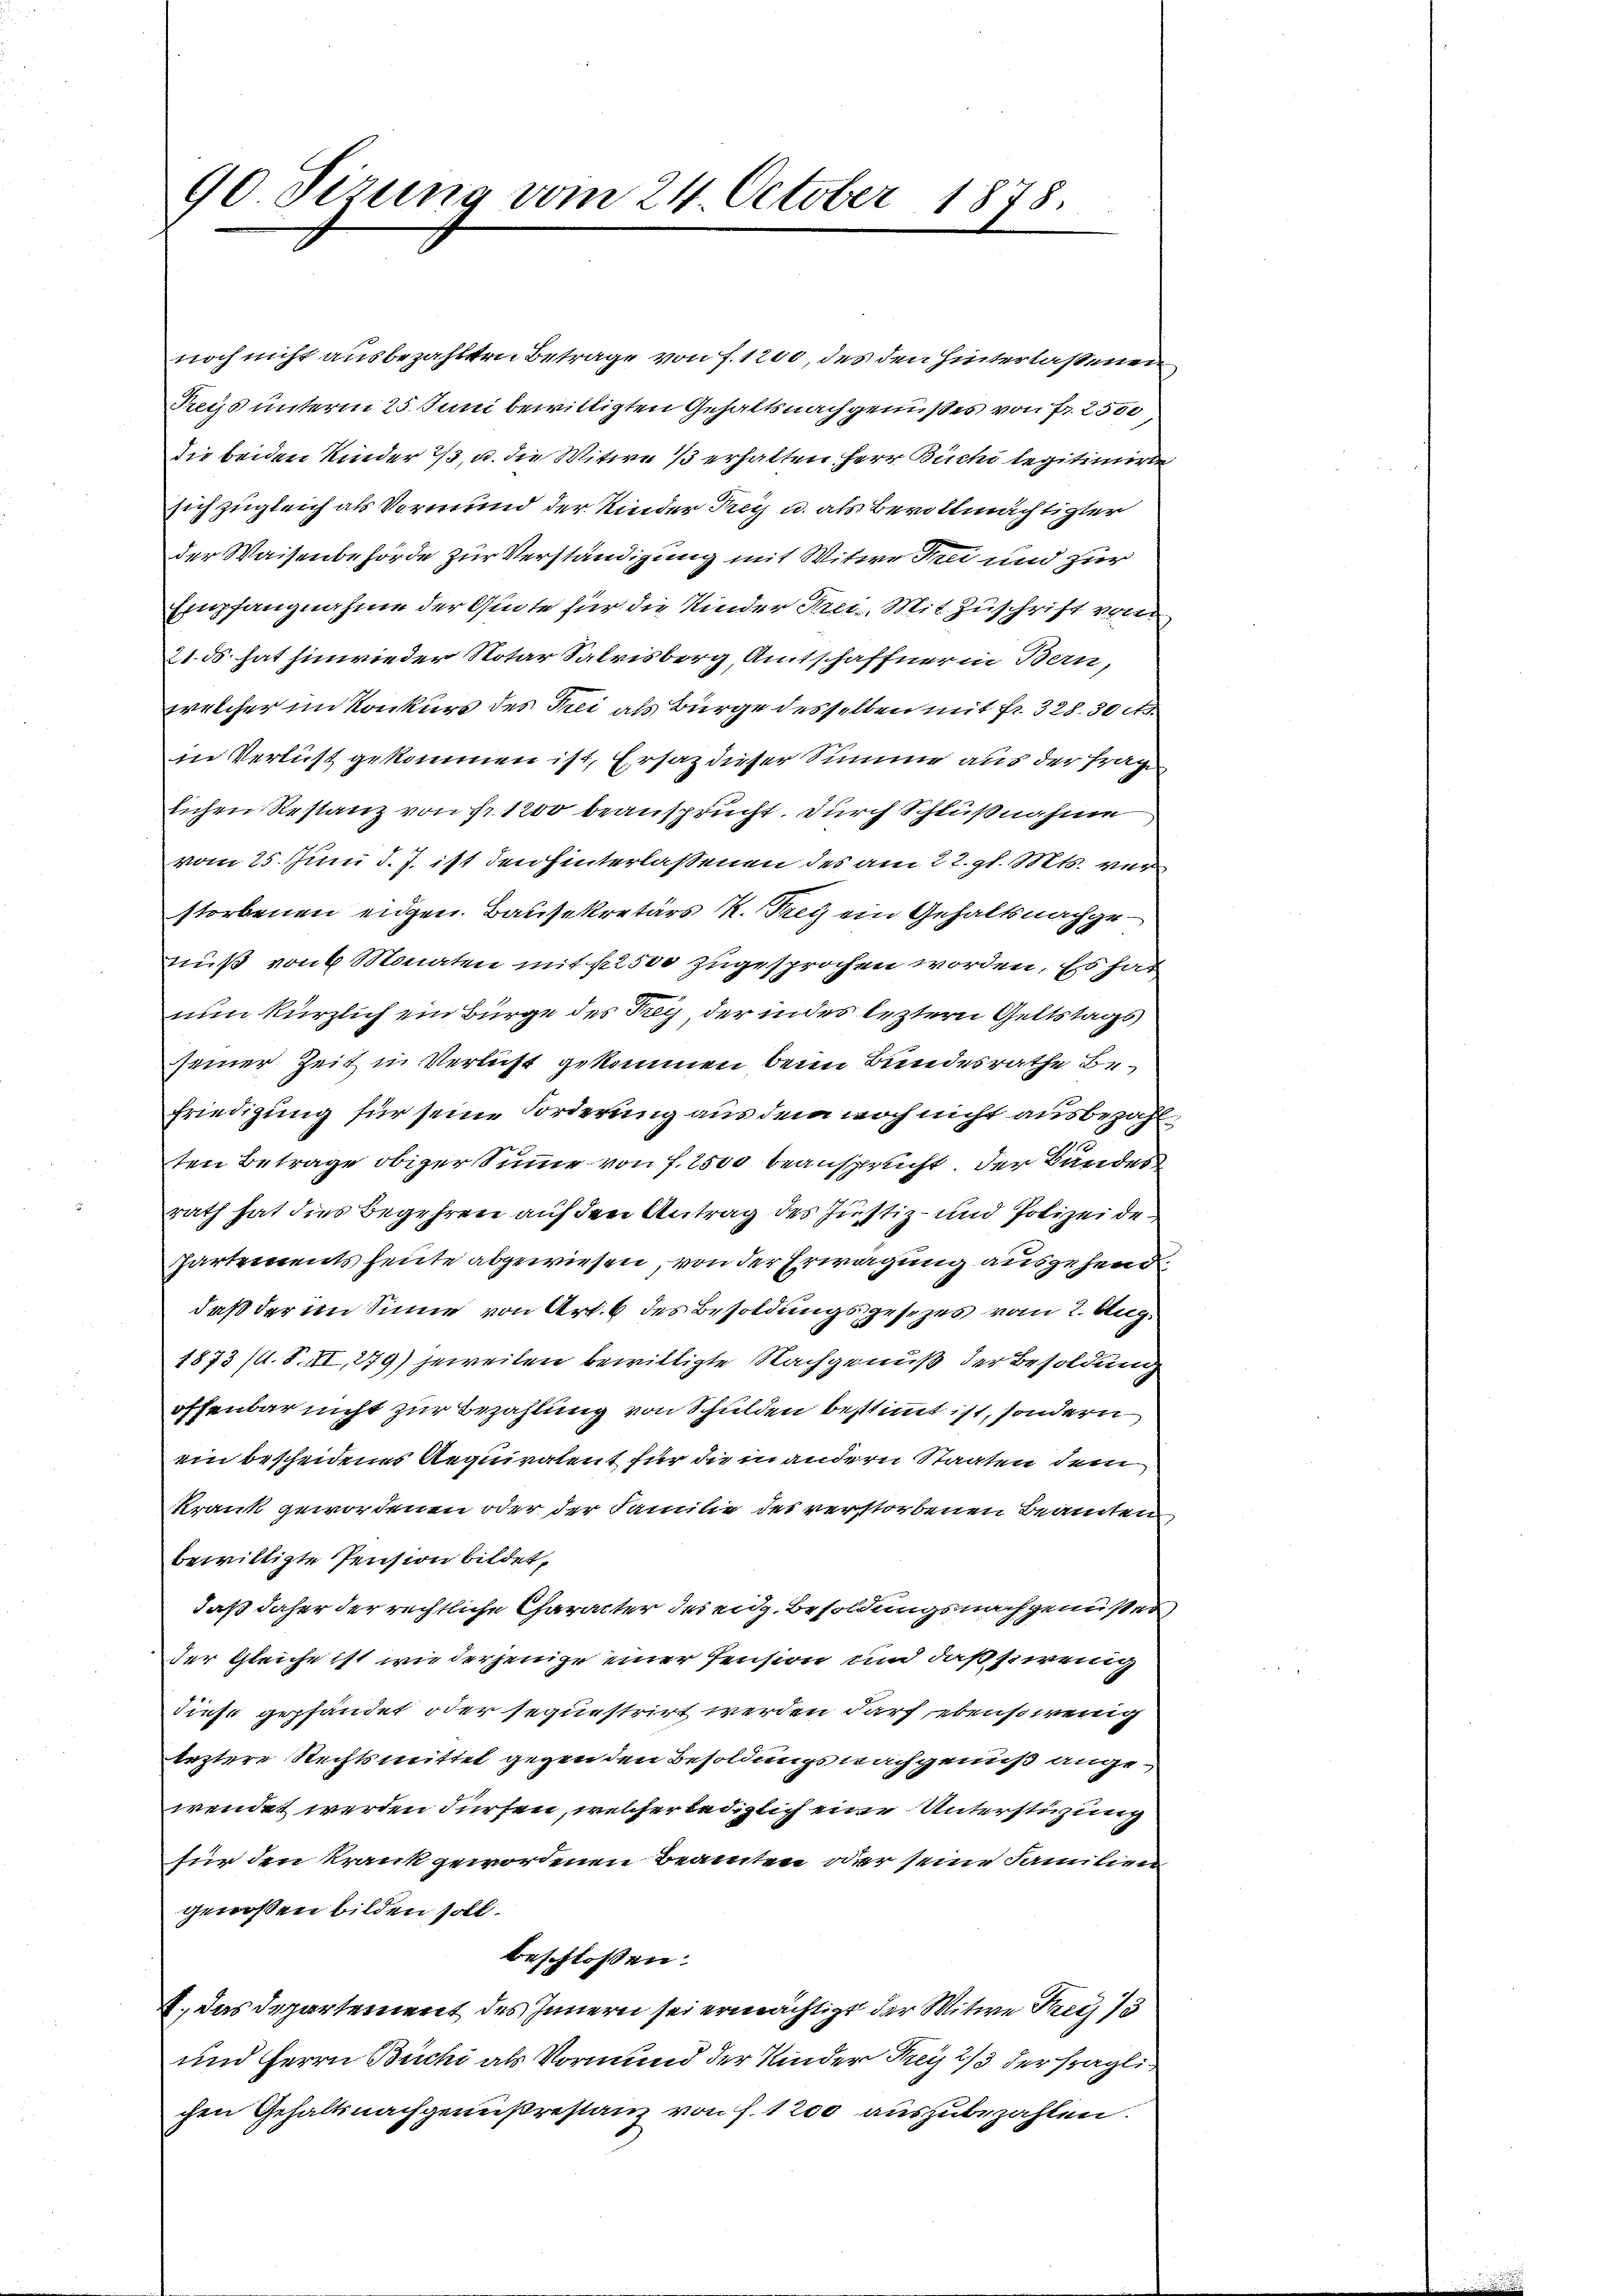
90 Firung vom 24. October 1878.

noch nicht ausbezahlten Betrage von f. 1200, des den Hinterlassenen
Trys unterm 25. Juni bewilligten Gehaltsnachgenißes von Fr. 2500
die beiden Kinder 23, u. die Witwe 1/3 erhalten Herr Büchi legitimirte
sich zugleich als Vormund der Kinder Frey u. als Bevollmächtigter
der Waisenbehörde zur Verständigung mit Witwe Frei und zur
Empfangnahme der Quote für die Kinder Kreis. Mit Zuschrift vom
21. ds. hat hinwieder Notar Salrisberg, Amtschaffner in Bern,
welcher im Konkurs des Frei als Bürge desselben mit fr. 328. 30 M.
in Verlust gekommen ist, Ersatz dieser Summe aus der Frage
lichen Restanz von Nr 1200 beansprucht. Durch Schlußnahme
vom 25. Juni d. J. ist den hinterlassenen des am 22. gl. Mts. verstorbenen eidgen. Bausekretärs R. Frey ein Gehaltsnachgenuß von 6 Monaten mit sisto zugesprochen worden, Es hat
nun kürzlich ein Bürge des Rey, der indes leztern Geltstags
seiner Zeit in Verlust gekommen beim Bundesrathe Befriedigung für seine Forderung aus dem noch nicht ausbezahl¬
1
ten Betrage obiger Sinne von f. 2500 beanspricht der Bandes
rath hat dies Begehren auf den Antrag des Justiz- und Polizei de
Partements heute abgewiesen, von der Erwägung ausgehend
daß der im Sinne von Art. 6 des Besoldungsgesezes vom 2. Aug
1873 (1. S. VI, 279) jeweilen bewilligte Nachgenuß der Besoldung
offenbar nicht zur Bezahlung von Schulden bestimmt ist, sondern
ein bescheidenes Aequiratent für die in andern Staaten dem
Krank gewordenen oder der Familie des verstorbenen Beamten
bewilligte Pension bildet,
daß daher der rechtliche Character der eidg. Besoldungsnachgenisses
der Gleiche ist wie derjenige einer Pension und daß sowenig
diese gepfändet oder sequestrirt werden darf, ebenso wenig
leztere Rechtsmittel gegen den Besoldungs nachgenuß angewendet werden dürfen, welcher lediglich eine Unterstüzung
für den Krank gewordenen Beamten oder seine Familien
genossen bilden soll.
beschlossen:
8. Das Departement des Innern sei ermächtigt der Witwe Frey 13
und Herrn Büchi als Vormund der Kinder Nach 2/3 der fraglichen Gehaltsnachgemeßrestanz von f. 1200 auszubezahlen.